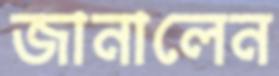
জানালেন